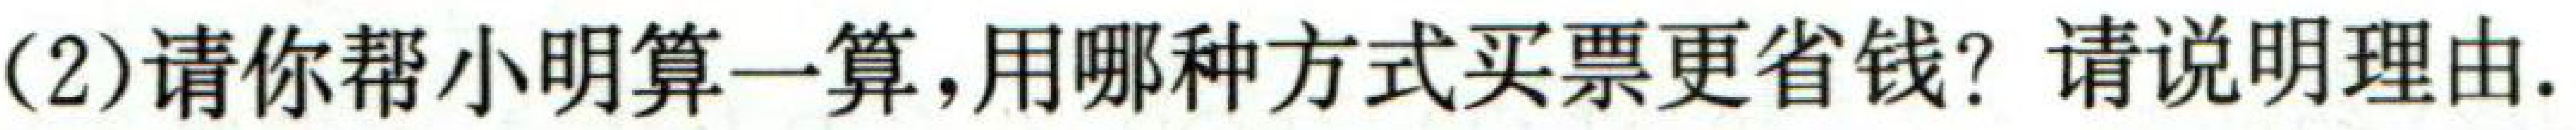
(2)请你帮小明算一算,用哪种方式买票更省钱? 请说明理由.